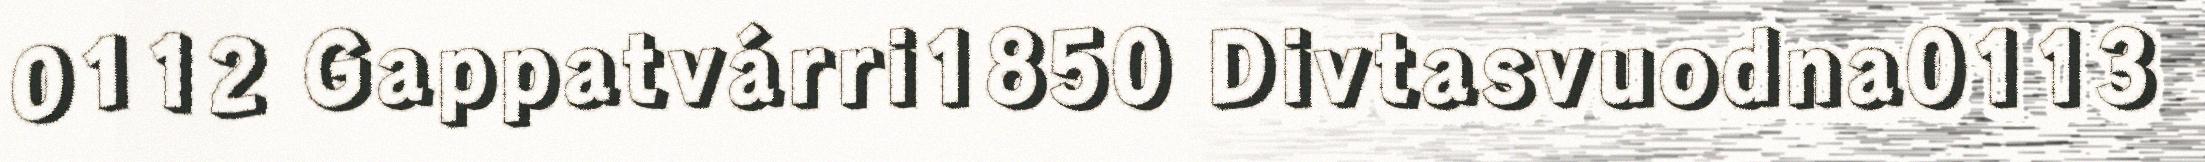
0112 Gappatvárri1850 Divtasvuodna0113